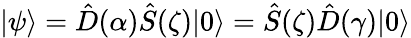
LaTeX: |\psi\rangle=\hat{D}(\alpha)\hat{S}(\zeta)|0\rangle=\hat{S}(\zeta)\hat{D}(\gamma)|0\rangle